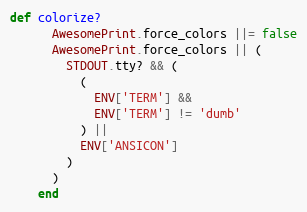
Language: Ruby
def colorize?
      AwesomePrint.force_colors ||= false
      AwesomePrint.force_colors || (
        STDOUT.tty? && (
          (
            ENV['TERM'] &&
            ENV['TERM'] != 'dumb'
          ) ||
          ENV['ANSICON']
        )
      )
    end